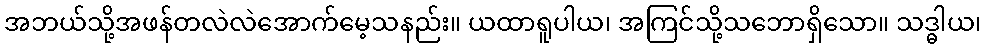
အဘယ်သို့အဖန်တလဲလဲအောက်မေ့သနည်း။ ယထာရူပါယ၊ အကြင်သို့သဘောရှိသော။ သဒ္ဓါယ၊